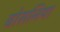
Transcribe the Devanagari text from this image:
बोसनिया